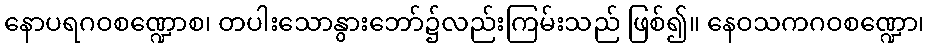
နောပရဂဝစဏ္ဍောစ၊ တပါးသောနွားဘော်၌လည်းကြမ်းသည် ဖြစ်၍။ နေဝသကဂဝစဏ္ဍော၊